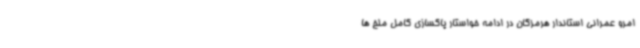
امرو عمرانی استاندار هرمزگان در ادامه خواستار پاکسازی کامل ملخ ها